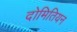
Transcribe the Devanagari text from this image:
दोमितियन